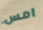
امس